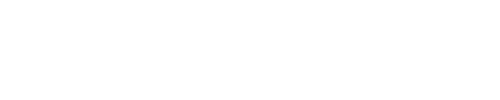
\fbox { \displaystyle \partial _ { z } S + \partial _ { \bar { z } } \bar { S } = - { \cal H } , \quad \partial _ { \varphi } S = p , \quad \partial _ { \varphi } \bar { S } = \bar { p } . } \vspace { 2 m m }